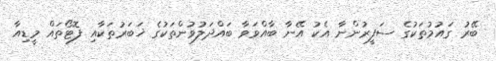
ބޭރު ގައުމުތަކުގެ ސަފީރުންނާ އެކު އޭނާ ބާއްވަވާ ބައްދަލުވުންތަކުގެ ޚަބަރުތަކާއި ފޮޓޯތައް މީޑިއާ